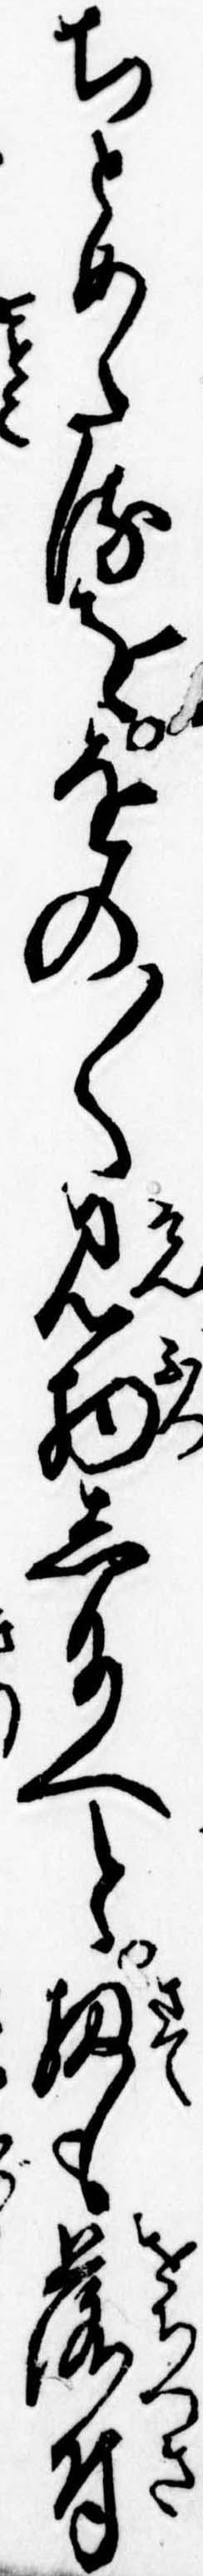
ちとめたるををの〱見物し給へと扨も落付